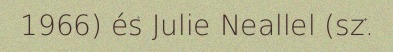
1966) és Julie Neallel (sz.